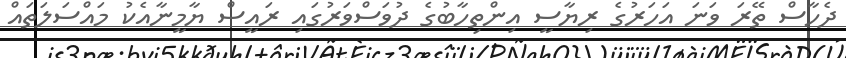
ދެހާސް ތޭރަ ވަނަ އަހަރުގެ ރިޔާސީ އިންތިހާބުގެ ދުވަސްވަރުގައި ރައީސް ޔާމީނާއެކު މައްސަލަތައް